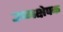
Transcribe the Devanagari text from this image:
उष्मक्षेपक